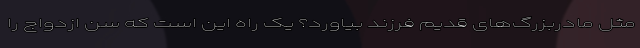
مثل مادربزرگ‌های قدیم فرزند بیاورد؟ یک راه این است که سن ازدواج را